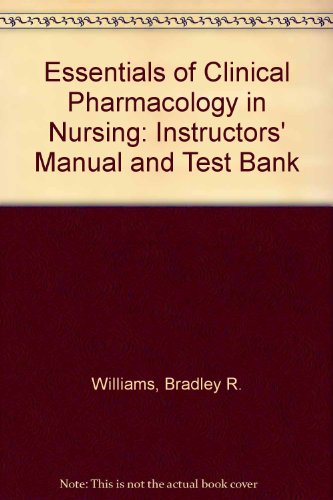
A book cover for Essentials of Clinical Pharmacology in Nursing: Instructors' Manual and Test Bank; Bradley R. Williams; Medical Books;